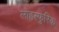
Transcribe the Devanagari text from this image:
लोहस्फुरिक